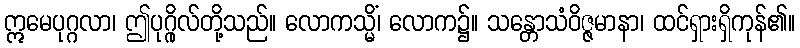
ဣမေပုဂ္ဂလာ၊ ဤပုဂ္ဂိုလ်တို့သည်။ လောကသ္မိံ၊ လောက၌။ သန္တောသံဝိဇ္ဇမာနာ၊ ထင်ရှားရှိကုန်၏။